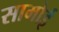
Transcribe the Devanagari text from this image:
सामोई